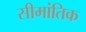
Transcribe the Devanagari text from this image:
सीमांतिक